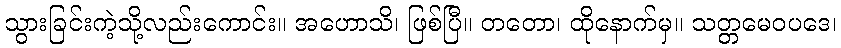
သွားခြင်းကဲ့သို့လည်းကောင်း။ အဟောသိ၊ ဖြစ်ပြီ။ တတော၊ ထိုနောက်မှ။ သတ္တမေဝပဒေ၊